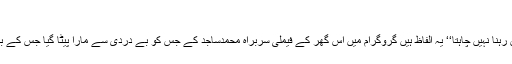
یہ ہے آج کا ہندوستان | Sada Today
’’اس مکان کے لیے میں نے لوگوں سے قرض لیا مگر اب میں اس میں رہنا نہیں چاہتا‘‘ یہ الفاظ ہیں گروگرام میں اس گھر کے فیملی سربراہ محمدساجد کے جس کو بے دردی سے مارا پیٹا گیا جس کے بچوں کو اس کی آنکھوں کے سامنے ڈنڈوں بھالوں سے زدوکوب کیاگیا۔